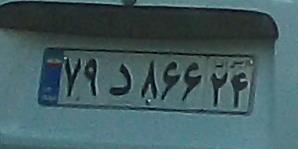
۷۹د۸۶۶۲۴